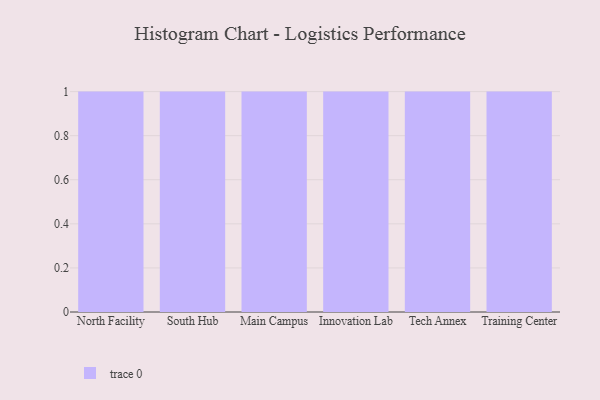
{"axis": {"x": "Campus", "y": "Backlog"}, "legend": [""], "data": [{"x": "North Facility", "y": 22, "type": ""}, {"x": "South Hub", "y": 97, "type": ""}, {"x": "Main Campus", "y": 22, "type": ""}, {"x": "Innovation Lab", "y": 55, "type": ""}, {"x": "Tech Annex", "y": 10, "type": ""}, {"x": "Training Center", "y": 56, "type": ""}]}